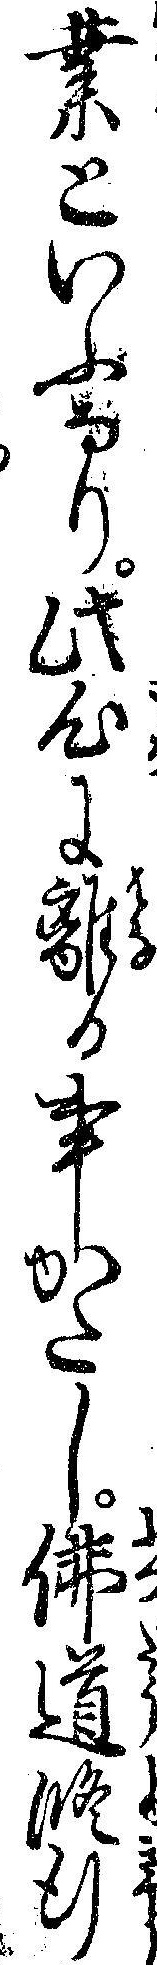
業といふなり此心に離る事かたし仏道修行